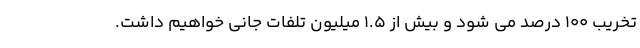
تخریب ۱۰۰ درصد می شود و بیش از ۱.۵ میلیون تلفات جانی خواهیم داشت.